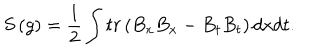
S \left( g \right) = \frac 1 2 \int t r \left( B _ { x } B _ { x } - B _ { t } B _ { t } \right) d x d t .